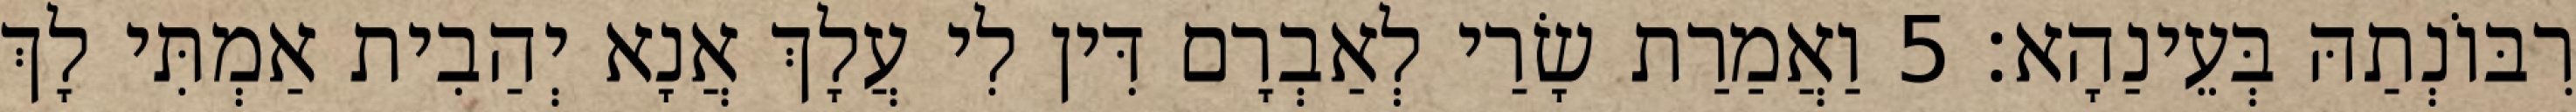
רִבּוֹנְתַהּ בְּעֵינַהָא׃ 5 וַאֲמַרַת שָׂרַי לְאַבְרָם דִּין לִי עֲלָךְ אֲנָא יְהַבִית אַמְתִּי לָךְ